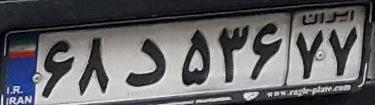
۶۸د۵۳۶۷۷